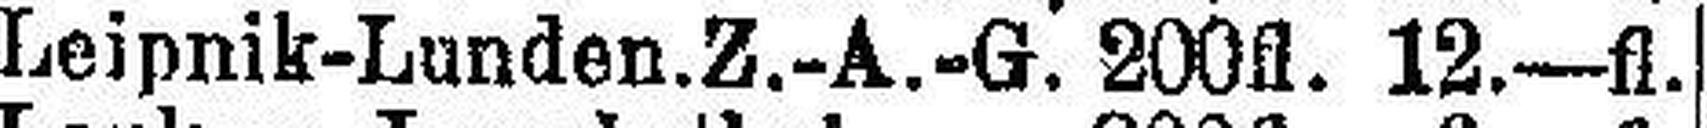
Leipnik-Lunden.Z.-A.-G. 200fl. 12.—fl.